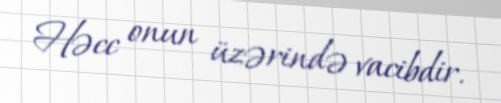
Həcc onun üzərində vacibdir.